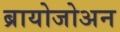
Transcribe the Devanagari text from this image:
ब्रायोजोअन